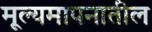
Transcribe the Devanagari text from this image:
मूल्यमापनातील